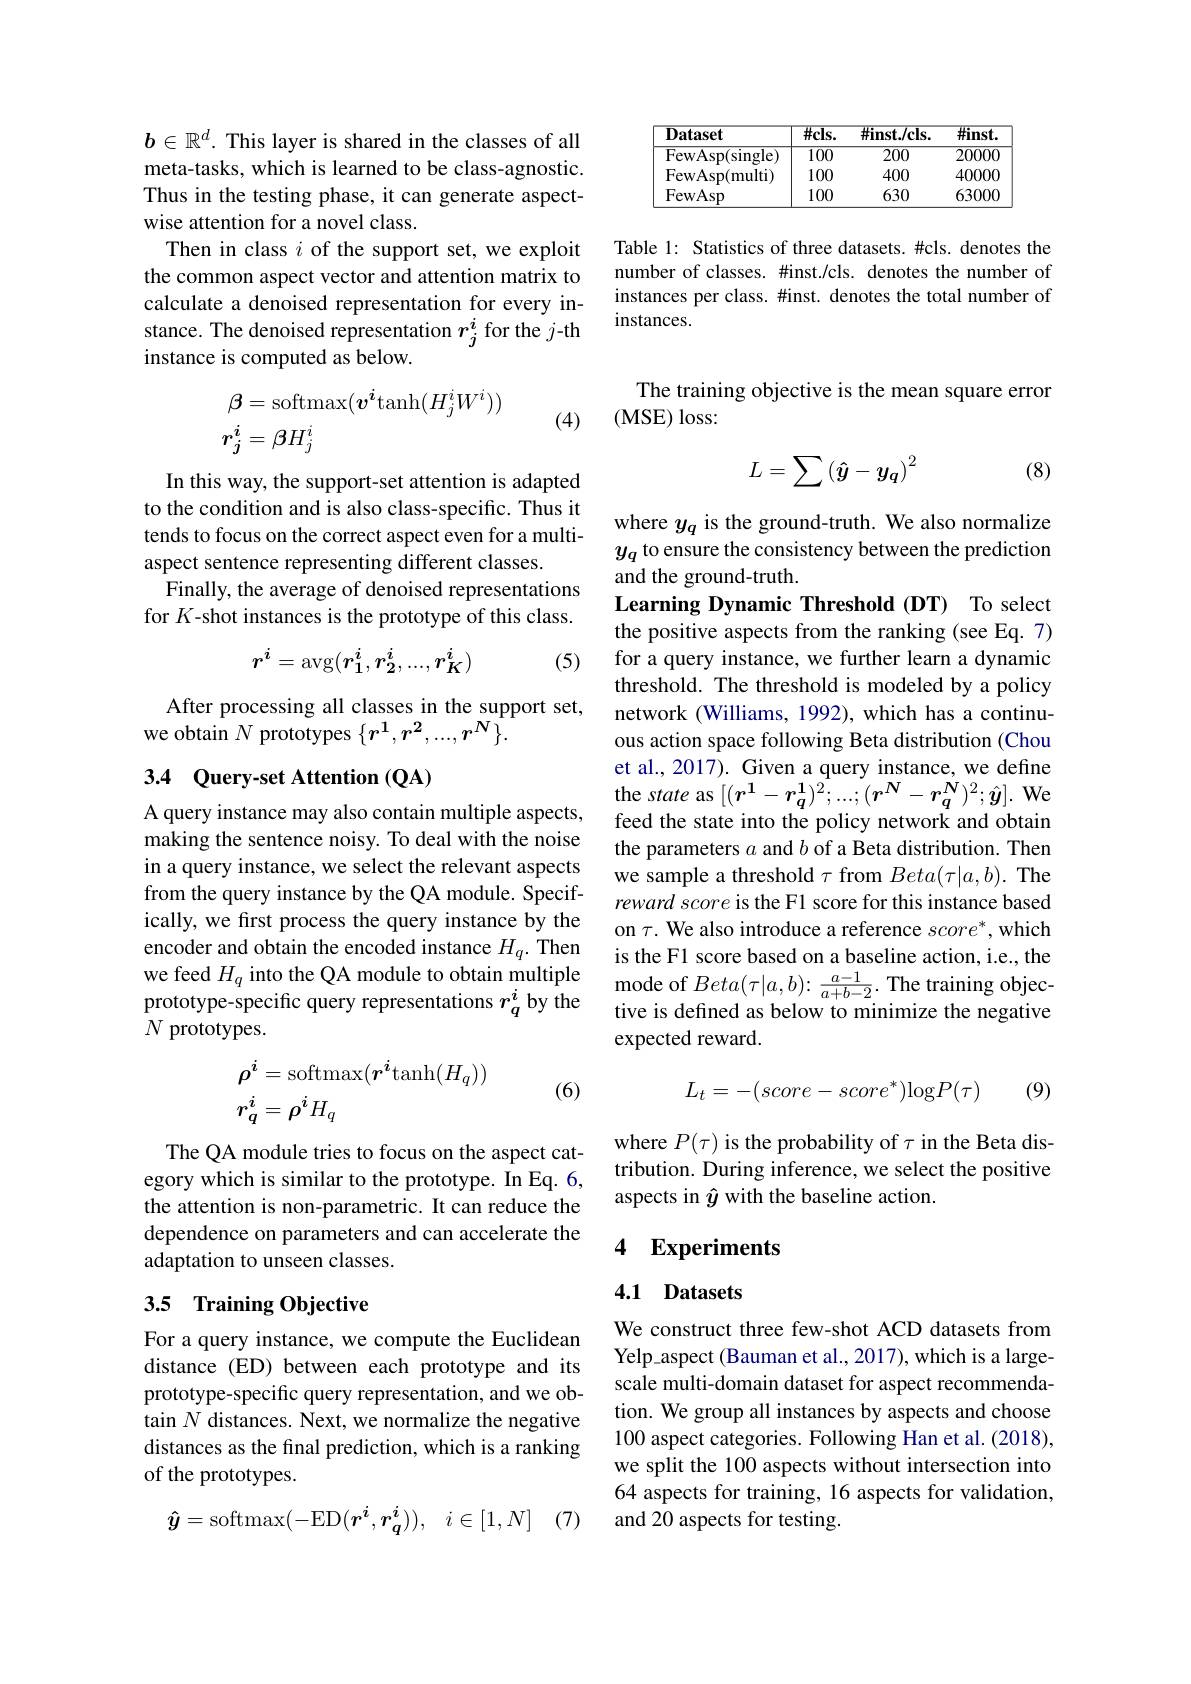
$b\in\mathbb{R}^d.$ This layer is shared in the classes of all meta-tasks, which is learned to be class-agnostic. Thus in the testing phase, it can generate aspectwise attention for a novel class.
Then in class $i$ of the support set, we exploit the common aspect vector and attention matrix to calculate a denoised representation for every instance. The denoised representation $r_j^i$ for the $j$-th instance is computed as below.
$$\begin{aligned}&\beta=\mathrm{softmax}(v^{i}\mathrm{tanh}(H_{j}^{i}W^{i}))\\&r_{j}^{i}=\beta H_{j}^{i}\end{aligned}$$
(4)

In this way, the support-set attention is adapted to the condition and is also class-specific. Thus it tends to focus on the correct aspect even for a multiaspect sentence representing different classes.
Finally, the average of denoised representations for $K$-shot instances is the prototype of this class.
$$r^i=\mathrm{avg}(r_1^i,r_2^i,...,r_K^i)$$
(5)

After processing all classes in the support set,
we obtain $N$ prototypes $\{\boldsymbol r^1,\boldsymbol r^2,...,\boldsymbol{r}^{\boldsymbol{N}}\}.$

## 3.4 Query-set Attention (QA)

A query instance may also contain multiple aspects, making the sentence noisy. To deal with the noise in a query instance, we select the relevant aspects from the query instance by the QA module. Specifically, we frst process the query instance by the encoder and obtain the encoded instance $H_q.$ Then we feed $H_q$ into the QA module to obtain multiple prototype-specific query representations $r_q^i$ by the $N$ prototypes.
$$\begin{aligned}&\rho^{i}=\mathrm{softmax}(r^{i}\mathrm{tanh}(H_{q}))\\&r_{q}^{i}=\rho^{i}H_{q}\end{aligned}$$
(6)

The QA module tries to focus on the aspect category which is similar to the prototype. In Eq. 6, the attention is non-parametric. It can reduce the dependence on parameters and can accelerate the adaptation to unseen classes.

## 3.5 Training Objective

For a query instance, we compute the Euclidean distance (ED) between each prototype and its prototype-specific query representation, and we obtain $N$ distances. Next, we normalize the negative distances as the final prediction, which is a ranking of the prototypes.
$$\boldsymbol{\hat{y}}=\mathrm{softmax}(-\mathrm{ED}(\boldsymbol{r}^\boldsymbol{i},\boldsymbol{r}_\boldsymbol{q}^\boldsymbol{i})),\:i\in[1,N]$$
(7)

<table>
	<tbody>
		<tr>
			<th>$\mathbf{Dataset}$</th>
			<th>$\#\mathbf{cls}.$</th>
			<th>$\#inst./cls.$</th>
			<th>$\#inst.$</th>
		</tr>
		<tr>
			<td>FewAsp( single) </td>
			<td>100</td>
			<td>$\overline{200}$</td>
			<td>20000</td>
		</tr>
		<tr>
			<td>FewAsp( multi) </td>
			<td>100</td>
			<td>400</td>
			<td>40000</td>
		</tr>
		<tr>
			<td>FewAsp</td>
			<td>100</td>
			<td>630</td>
			<td>63000</td>
		</tr>
	</tbody>
</table>

Table 1: Statistics of three datasets. #cls. denotes the number of classes. #inst./cls. denotes the number of instances per class. #inst. denotes the total number of instances.

The training objective is the mean square error
( MSE) loss:
$$L=\sum\left(\hat{y}-y_q\right)^2$$
(8)

where $y_q$ is the ground-truth. We also normalize $y_q$ to ensure the consistency between the prediction and the ground-truth.
Learning Dynamic Threshold (DT) To select the positive aspects from the ranking (see Eq. 7) for a query instance, we further learn a dynamic threshold. The threshold is modeled by a policy network (Williams, 1992), which has a continuous action space following Beta distribution (Chou et al., 2017). Given a query instance, we define the state as $[(\boldsymbol{r}^{1}-\boldsymbol{r}_{q}^{1})^{2};...;(\boldsymbol{r}^{N}-\boldsymbol{r}_{q}^{N})^{2};\hat{\boldsymbol{y}}].$ We feed the state into the policy network and obtain the parameters $a$ and $b$ of a Beta distribution. Then we sample a threshold $\tau$ from $Beta(\tau|a,b).$ The reward score is the F1 score for this instance based on $\tau.$ We also introduce a reference $score^*$,which is the F1 score based on a baseline action, i.e., the mode of $Beta(\tau|a,b)\colon\frac{a-1}{a+b-2}.$ The training objective is defined as below to minimize the negative expected reward.
$$L_t=-(score-score^*)\mathrm{log}P(\tau)$$
(9)

where $P(\tau)$ is the probability of $\tau$ in the Beta distribution. During inference, we select the positive aspects in $\hat{y}$ with the baseline action.

## 4 Experiments

## 4.1 Datasets

We construct three few-shot ACD datasets from $Yelp\_aspect (Bauman et al., 2017), which is a large-$ scale multi-domain dataset for aspect recommendation. We group all instances by aspects and choose 100 aspect categories. Following Han et al. (2018), we split the 100 aspects without intersection into 64 aspects for training, 16 aspects for validation, and 20 aspects for testing.